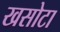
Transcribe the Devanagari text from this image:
खसोटा